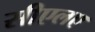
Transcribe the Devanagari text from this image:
सीएलए